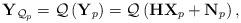
LaTeX: \begin{align*}\mathbf{Y}_{\mathcal{Q}_p}=\mathcal{Q}\left(\mathbf{Y}_p\right)=\mathcal{Q}\left(\mathbf{H}\mathbf{X}_p+\mathbf{N}_p\right),\end{align*}